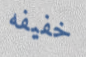
خفيفه